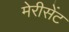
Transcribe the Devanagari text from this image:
मेरीसेंट